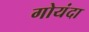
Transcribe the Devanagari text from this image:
गोयंदा